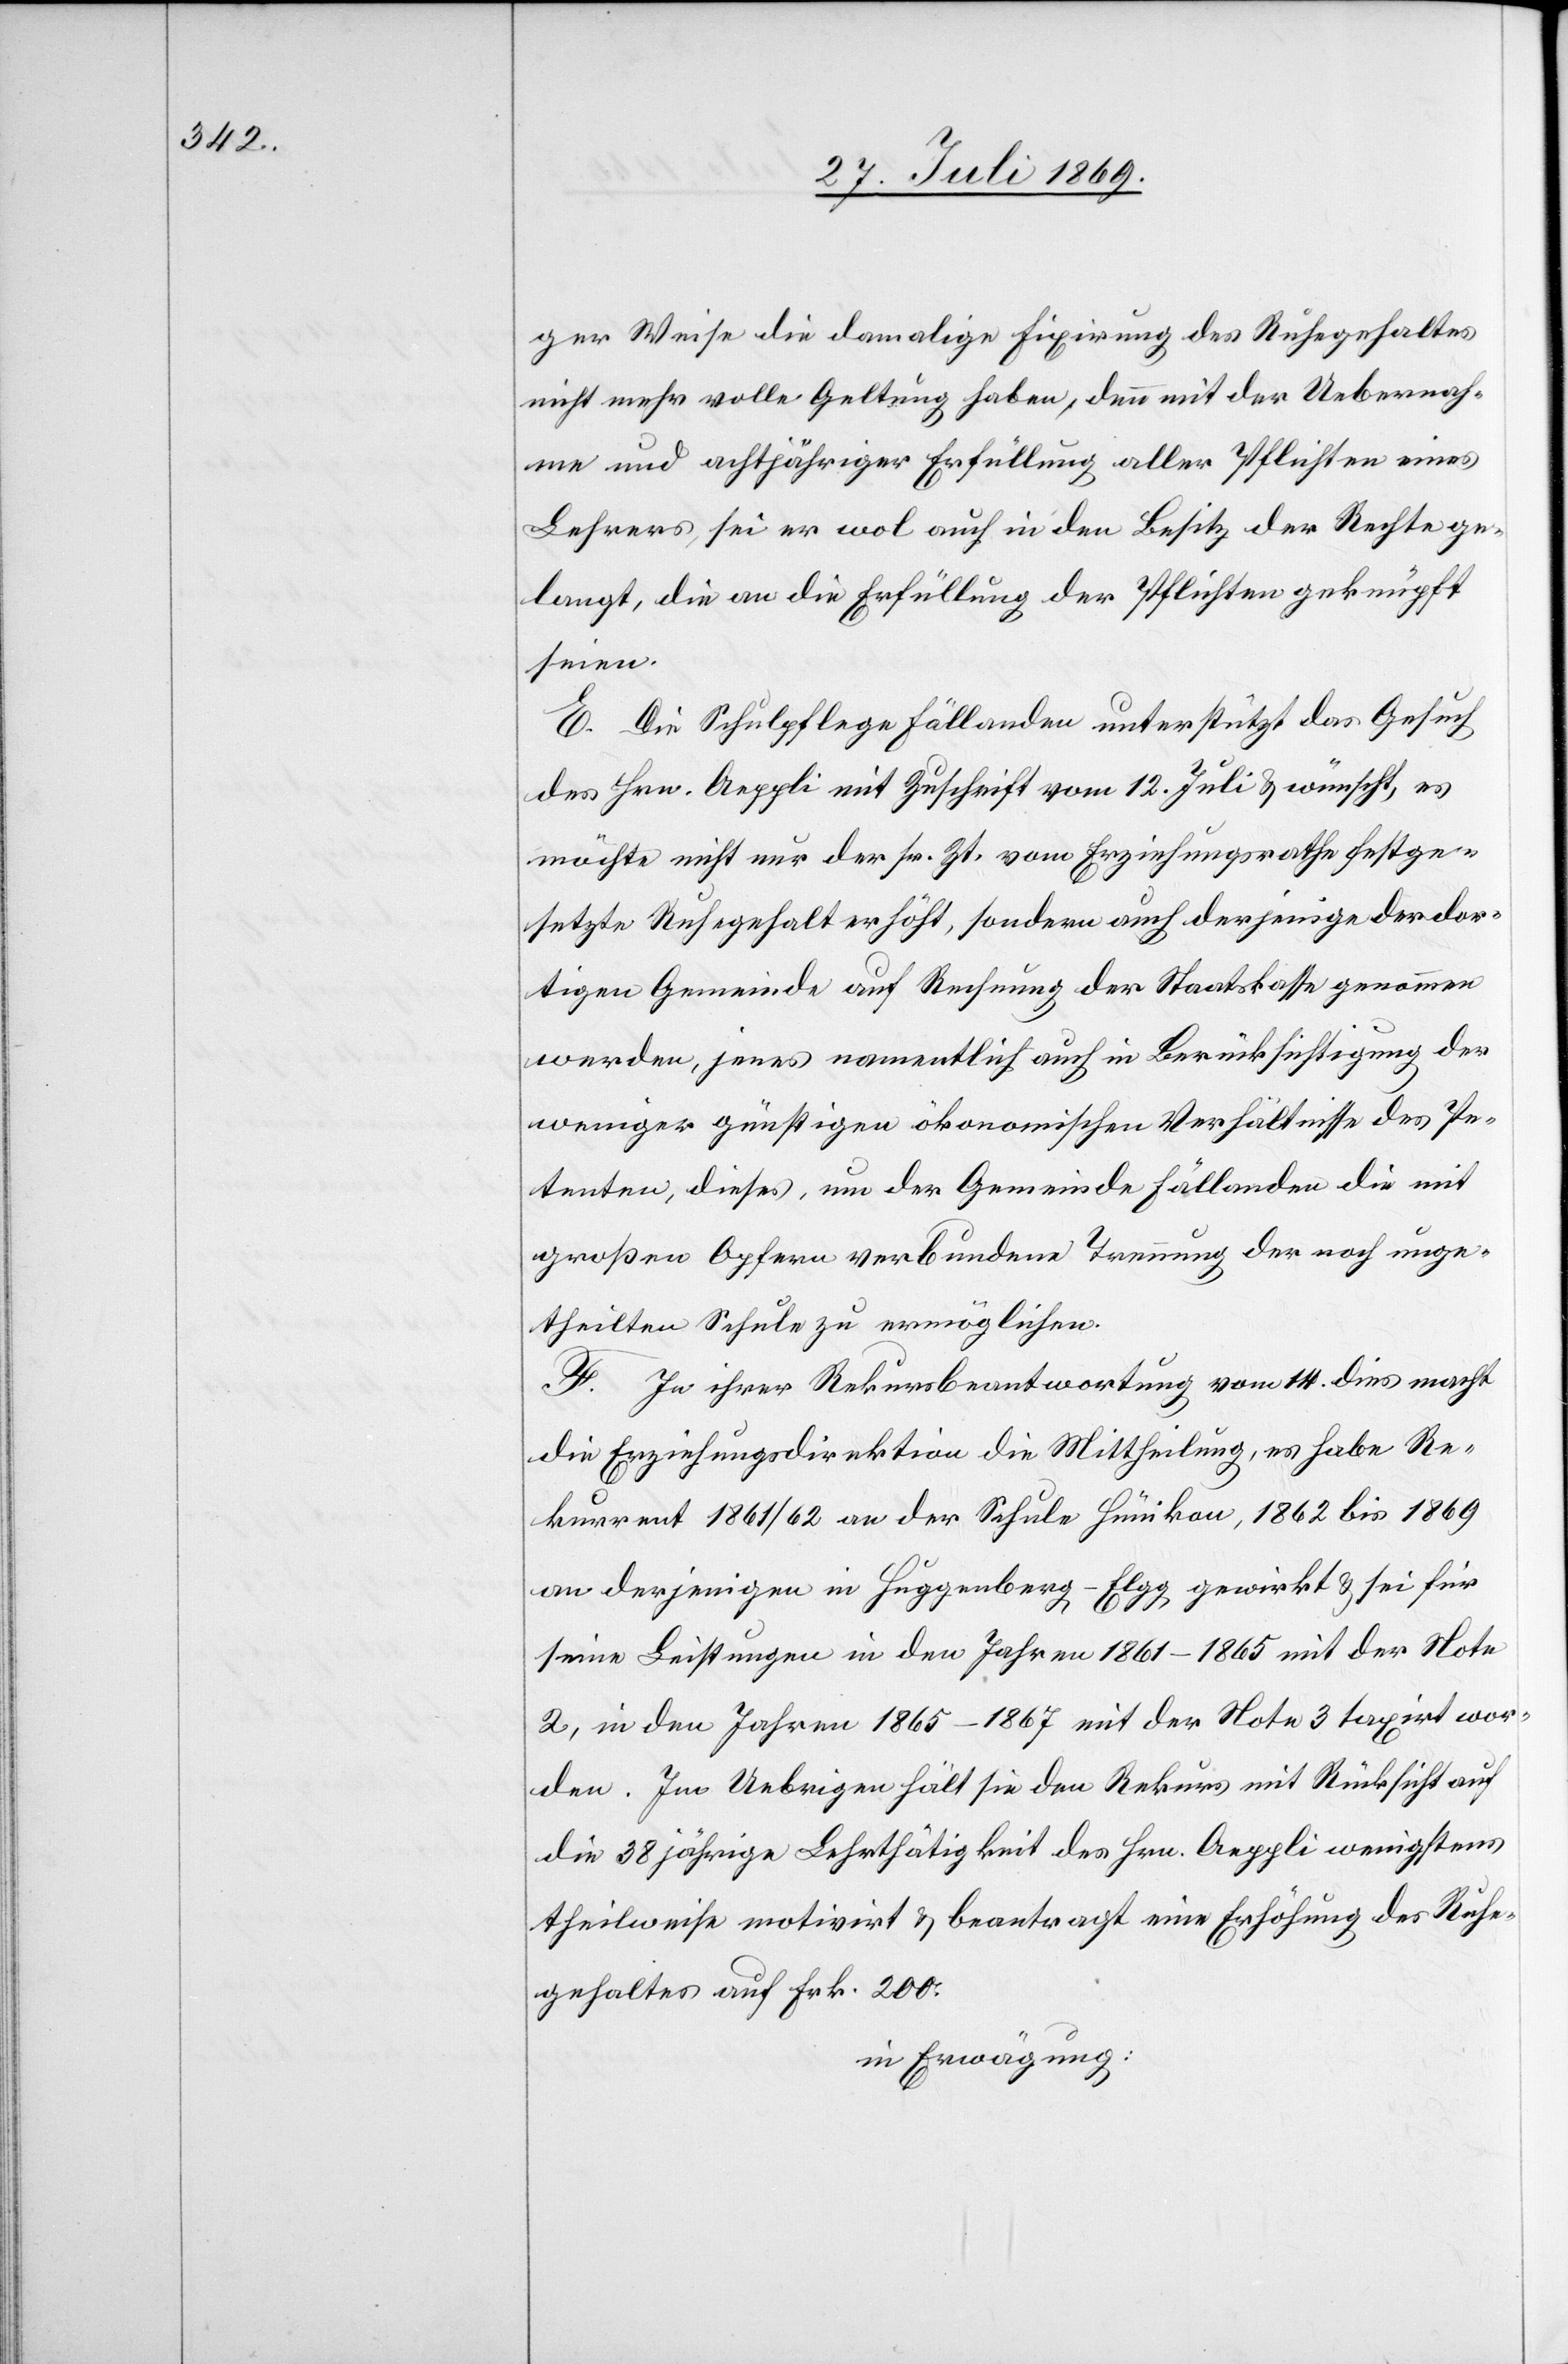
ger Weise die damalige Fixirung des Ruhegehaltes
nicht mehr volle Geltung haben, denn mit der Uebernah¬
me und achtjähriger Erfüllung aller Pflichten eines
Lehrers, sei er wol auch in den Besitz der Rechte ge¬
langt, die an die Erfüllung der Pflichten geknüpft
seien.
E. Die Schulpflege Fällanden unterstützt das Gesuch
des Hrn. Aeppli mit Zuschrift vom 12. Juli u. wünscht, es
möchte nicht nur der sr. Zt. vom Erziehungsrath festge¬
setzte Ruhegehalt erhöht, sondern auch derjenige der dor¬
tigen Gemeinde auf Rechnung der Staatskasse genommen
werden, jenes namentlich auch in Berücksichtigung der
weniger günstigen ökonomischen Verhältnisse des Pe¬
tenten, dieses, um der Gemeinde Fällanden die mit
großen Opfern verbundene Trennung der noch unge¬
theilten Schule zu ermöglichen.
F. In ihrer Rekursbeantwortung vom 14. dies macht
die Erziehungsdirektion die Mittheilung, es habe Re¬
kurrent 1861/62 an der Schule Hünikon, 1862 bis 1869
an derjenigen in Huggenberg-Elgg gewirkt u. sei für
seine Leistungen in den Jahren 1861–1865 mit der Note
2, in den Jahren 1865–1867 mit der Note 3 taxirt wor¬
den. Im Uebrigen hält sie den Rekurs mit Rücksicht auf
die 38 jährige Lehrthätigkeit des Hrn. Aeppli wenigstens
theilweise motivirt u. beantragt eine Erhöhung des Ruhe¬
gehaltes auf Frk. 200.
in Erwägung: